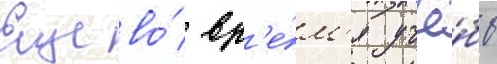
Еще во́ вр'е́м'я учё́бы